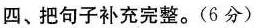
四、把句子补充完整。(6分)